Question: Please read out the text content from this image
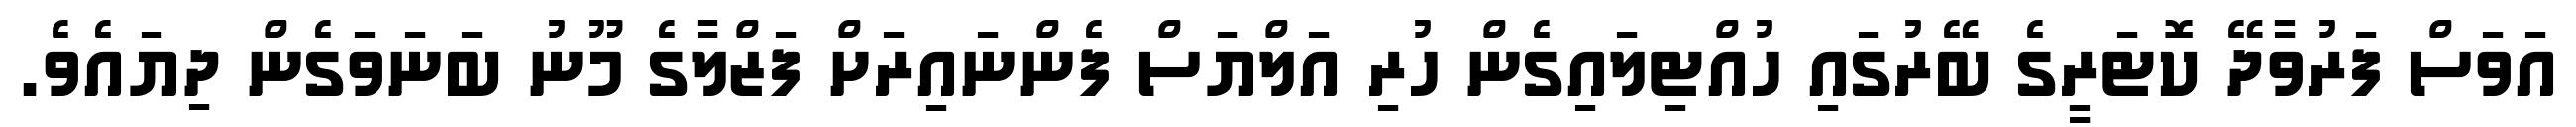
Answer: އަވަސް ފަރުވާދޭ ކޮޓަރީގެ ބޭރުގައި ހުއްޓިލައިގެން ހުރި އަލްޔަސް ފެންނައިރަށް ފަޒްލާގެ މޫނު ބަނަވަގެން ދިޔައެވެ.